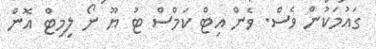
ގައުމަކުން ވެސް. ވެން އިޓް ކަމްސް ޓު ޔޫ ނޯ ލިމިޓް އޮން